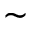
\sim